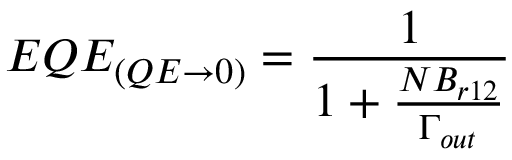
E Q E _ { ( Q E \rightarrow 0 ) } = \frac { 1 } { 1 + \frac { N B _ { r 1 2 } } { \Gamma _ { o u t } } }